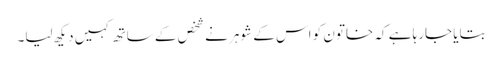
بتایا جارہا ہے کہ خاتون کو اس کے شوہر نے شخص کے ساتھ کہیں دیکھ لیا۔